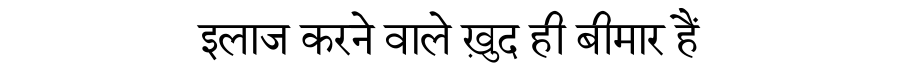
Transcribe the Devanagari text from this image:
इलाज करने वाले ख़ुद ही बीमार हैं